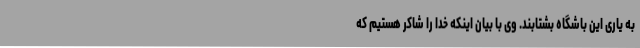
به یاری این باشگاه بشتابند. وی با بیان اینکه خدا را شاکر هستیم که